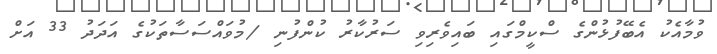
ވުމާއެކު އެބޭފުޅުންގެ ސްކީމްގައި ބައިވެރިވި ސަރުކާރު ކުންފުނި /މުވައްސަސާތަކުގެ އަދަދު 33 އަށް